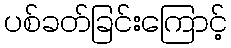
ပစ်ခတ်ခြင်းကြောင့်